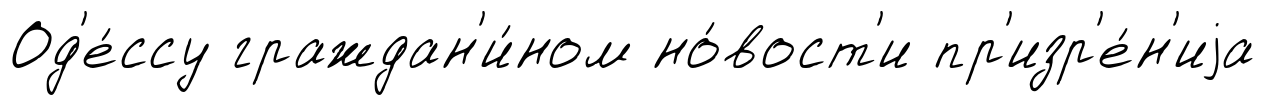
Од'е́ссу граждан'и́ном но́вост'и пр'изр'е́н'иjа